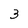
Character: 3